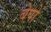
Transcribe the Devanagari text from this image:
बेपो